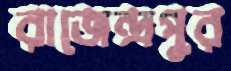
রাজেন্দ্রপুর